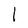
Character: 1